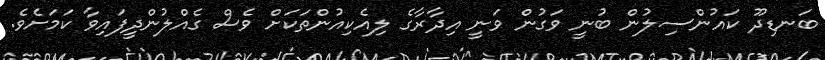
ބަނޑިދޫ ކައުންސިލުން ބުނީ ވަގުން ވަނީ އިދާރާގެ ލިއެކިއުންތަކަށް ވެސް ގެއްލުންދީފައިވާ ކަމަށެވެ.